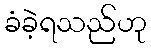
ခံခဲ့ရသည်ဟု